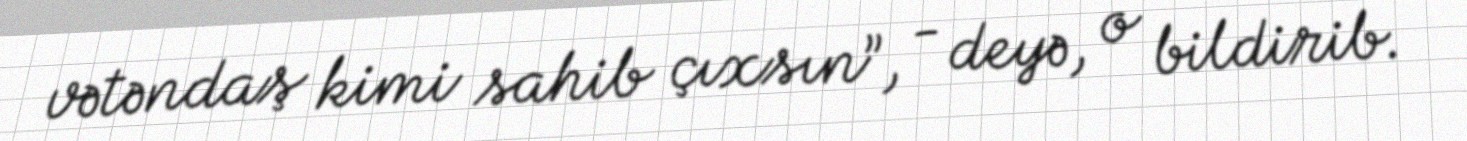
vətəndaş kimi sahib çıxsın”, - deyə, o bildirib.